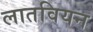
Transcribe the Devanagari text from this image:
लातवियन